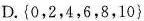
D.{0，2，4，6，8，10}